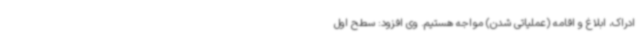
ادراک، ابلاغ و اقامه (عملیاتی شدن) مواجه هستیم. وی افزود: سطح اول